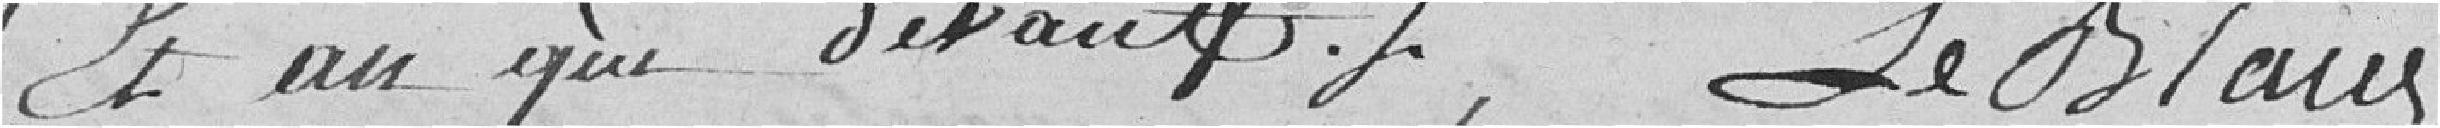
Et an que devant LeBlaus